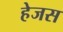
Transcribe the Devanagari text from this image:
हेजस